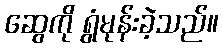
ဆွေကို ရွံမုန်းခဲ့သည်။